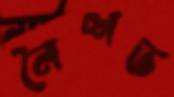
নৈশভ